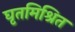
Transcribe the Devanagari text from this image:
घृतमिश्रित